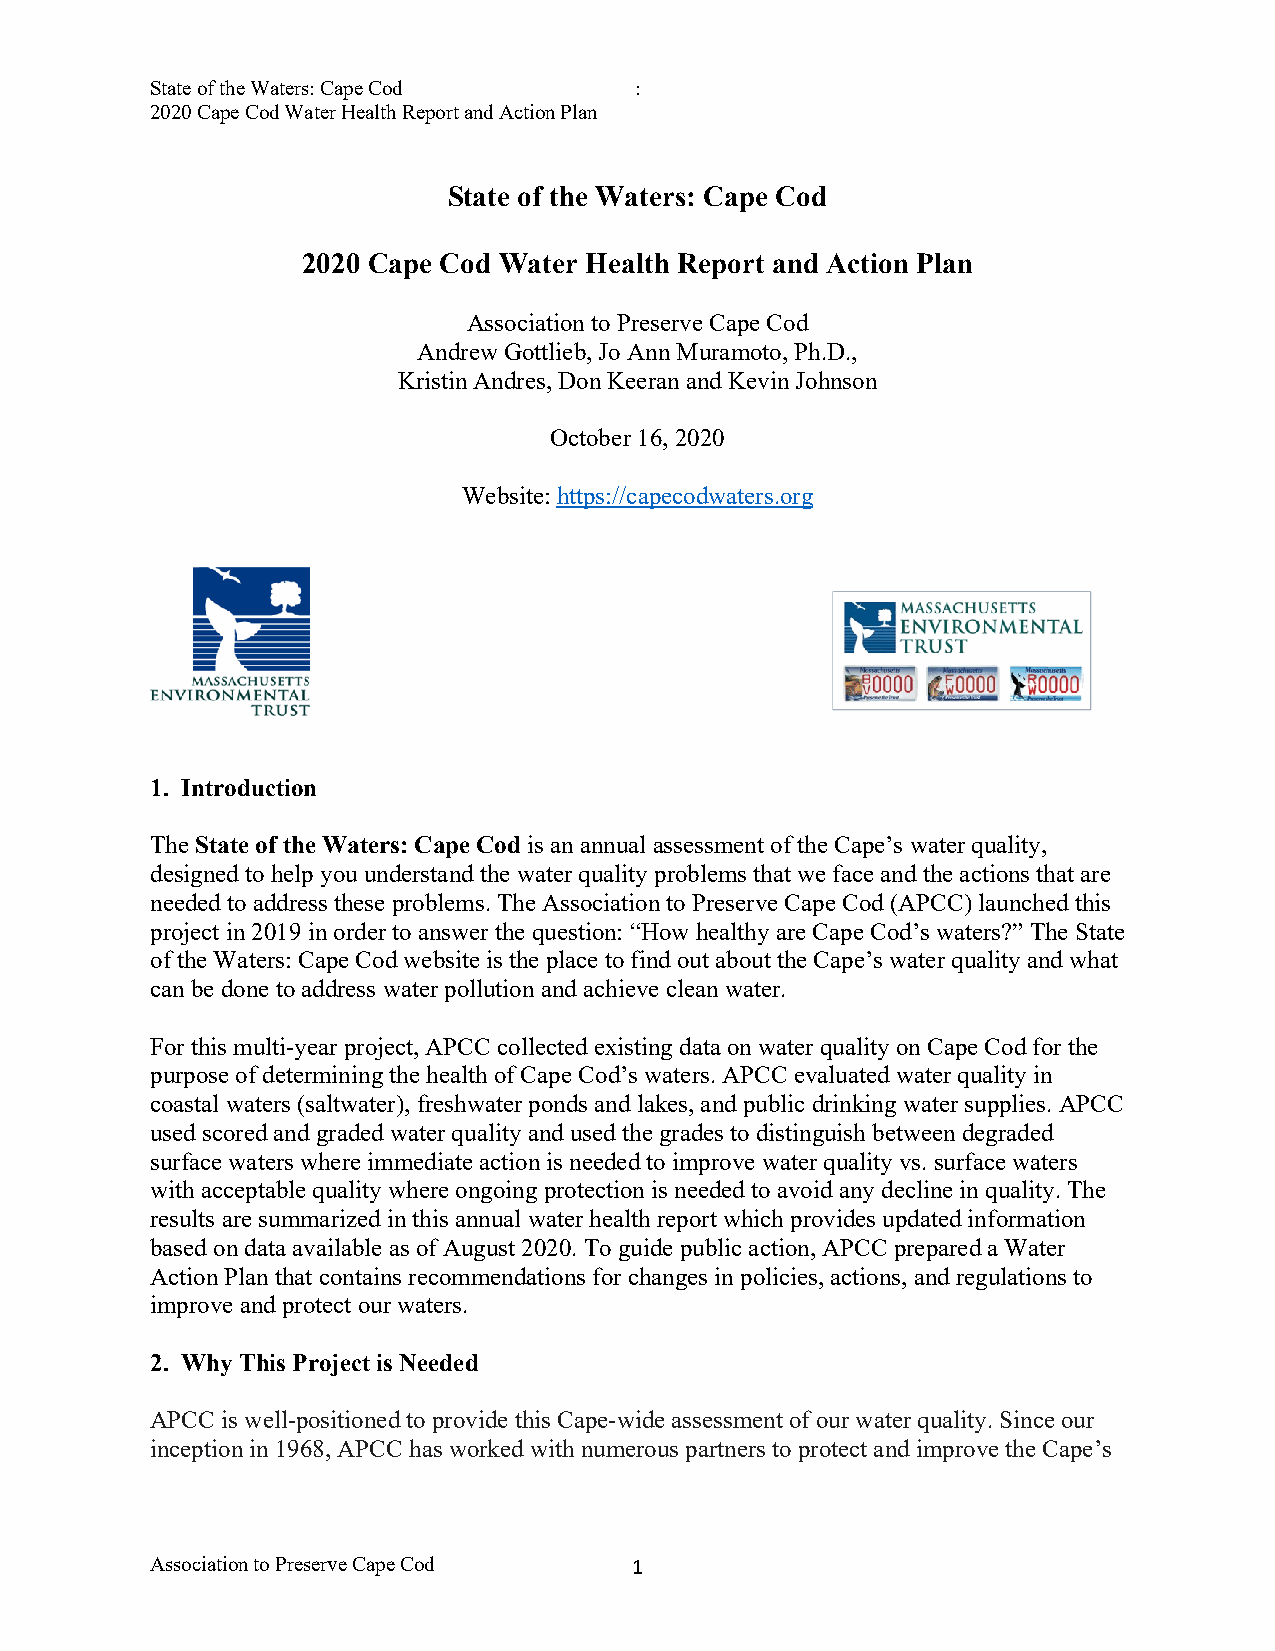
State of the Waters: Cape Cod   :
 2020 Cape Cod Water Health Report and Action Plan
 State of the Waters: Cape Cod
 2020 Cape Cod Water Health Report and Action Plan
 Association to Preserve Cape Cod
 Andrew Gottlieb, Jo Ann Muramoto, Ph.D.,
 Kristin Andres, Don Keeran and Kevin Johnson
 October 16, 2020
 Website: https://capecodwaters.org
 1. Introduction
 The State of the Waters: Cape Cod is an annual assessment of the Cape’s water quality,
 designed to help you understand the water quality problems that we face and the actions that are
 needed to address these problems. The Association to Preserve Cape Cod (APCC) launched this
 project in 2019 in order to answer the question: “How healthy are Cape Cod’s waters?” The State
 of the Waters: Cape Cod website is the place to find out about the Cape’s water quality and what
 can be done to address water pollution and achieve clean water.
 For this multi-year project, APCC collected existing data on water quality on Cape Cod for the
 purpose of determining the health of Cape Cod’s waters. APCC evaluated water quality in
 coastal waters (saltwater), freshwater ponds and lakes, and public drinking water supplies. APCC
 used scored and graded water quality and used the grades to distinguish between degraded
 surface waters where immediate action is needed to improve water quality vs. surface waters
 with acceptable quality where ongoing protection is needed to avoid any decline in quality. The
 results are summarized in this annual water health report which provides updated information
 based on data available as of August 2020. To guide public action, APCC prepared a Water
 Action Plan that contains recommendations for changes in policies, actions, and regulations to
 improve and protect our waters.
 2. Why This Project is Needed
 APCC is well-positioned to provide this Cape-wide assessment of our water quality. Since our
 inception in 1968, APCC has worked with numerous partners to protect and improve the Cape’s
 Association to Preserve Cape Cod 1